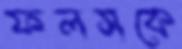
ফলসকে